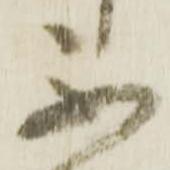
不